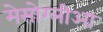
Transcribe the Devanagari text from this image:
मेसोग्लीआ